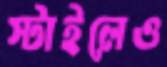
স্টাইলেও